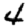
Digit: 4